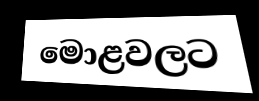
මොළවලට